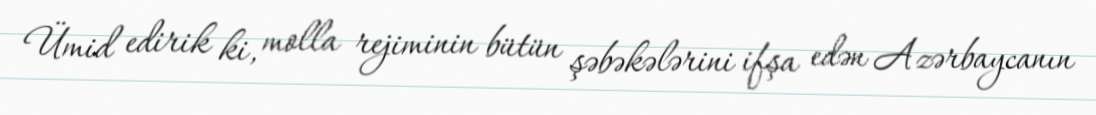
Ümid edirik ki, molla rejiminin bütün şəbəkələrini ifşa edən Azərbaycanın